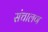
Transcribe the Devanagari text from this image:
संचालण